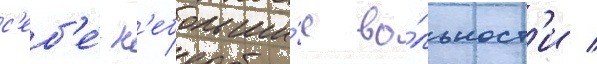
с'еб'е́ н'ебольши́е во́льност'и /